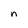
Character: n